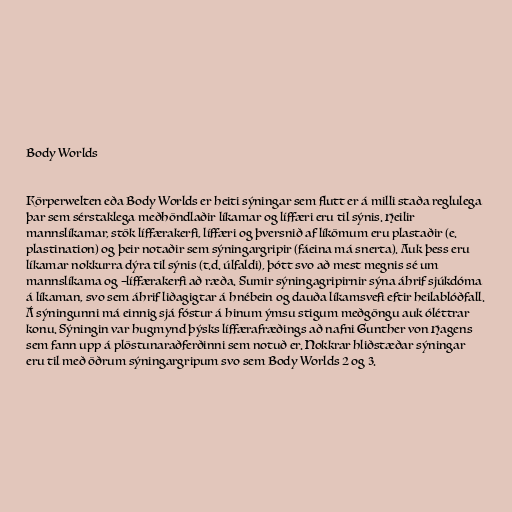
Body Worlds

Körperwelten eða Body Worlds er heiti sýningar sem flutt er á milli staða reglulega
þar sem sérstaklega meðhöndlaðir líkamar og líffæri eru til sýnis. Heilir
mannslíkamar, stök líffærakerfi, líffæri og þversnið af líkömum eru plastaðir (e.
plastination) og þeir notaðir sem sýningargripir (fáeina má snerta). Auk þess eru
líkamar nokkurra dýra til sýnis (t.d. úlfaldi), þótt svo að mest megnis sé um
mannslíkama og –líffærakerfi að ræða. Sumir sýningagripirnir sýna áhrif sjúkdóma
á líkaman, svo sem áhrif liðagigtar á hnébein og dauða líkamsvefi eftir heilablóðfall.
Á sýningunni má einnig sjá fóstur á hinum ýmsu stigum meðgöngu auk óléttrar
konu. Sýningin var hugmynd þýsks líffærafræðings að nafni Gunther von Hagens
sem fann upp á plöstunaraðferðinni sem notuð er. Nokkrar hliðstæðar sýningar
eru til með öðrum sýningargripum svo sem Body Worlds 2 og 3.